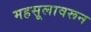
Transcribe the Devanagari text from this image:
महसूलावरून